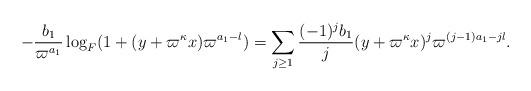
LaTeX: \begin{align*}-\frac{b_1}{\varpi^{a_1}}\log_F(1+(y+\varpi^{\kappa} x)\varpi^{a_1-l}) = \sum_{j\geq 1} \frac{(-1)^{j} b_1}{j}(y+\varpi^{\kappa}x)^j\varpi^{(j-1)a_1-jl}. \end{align*}